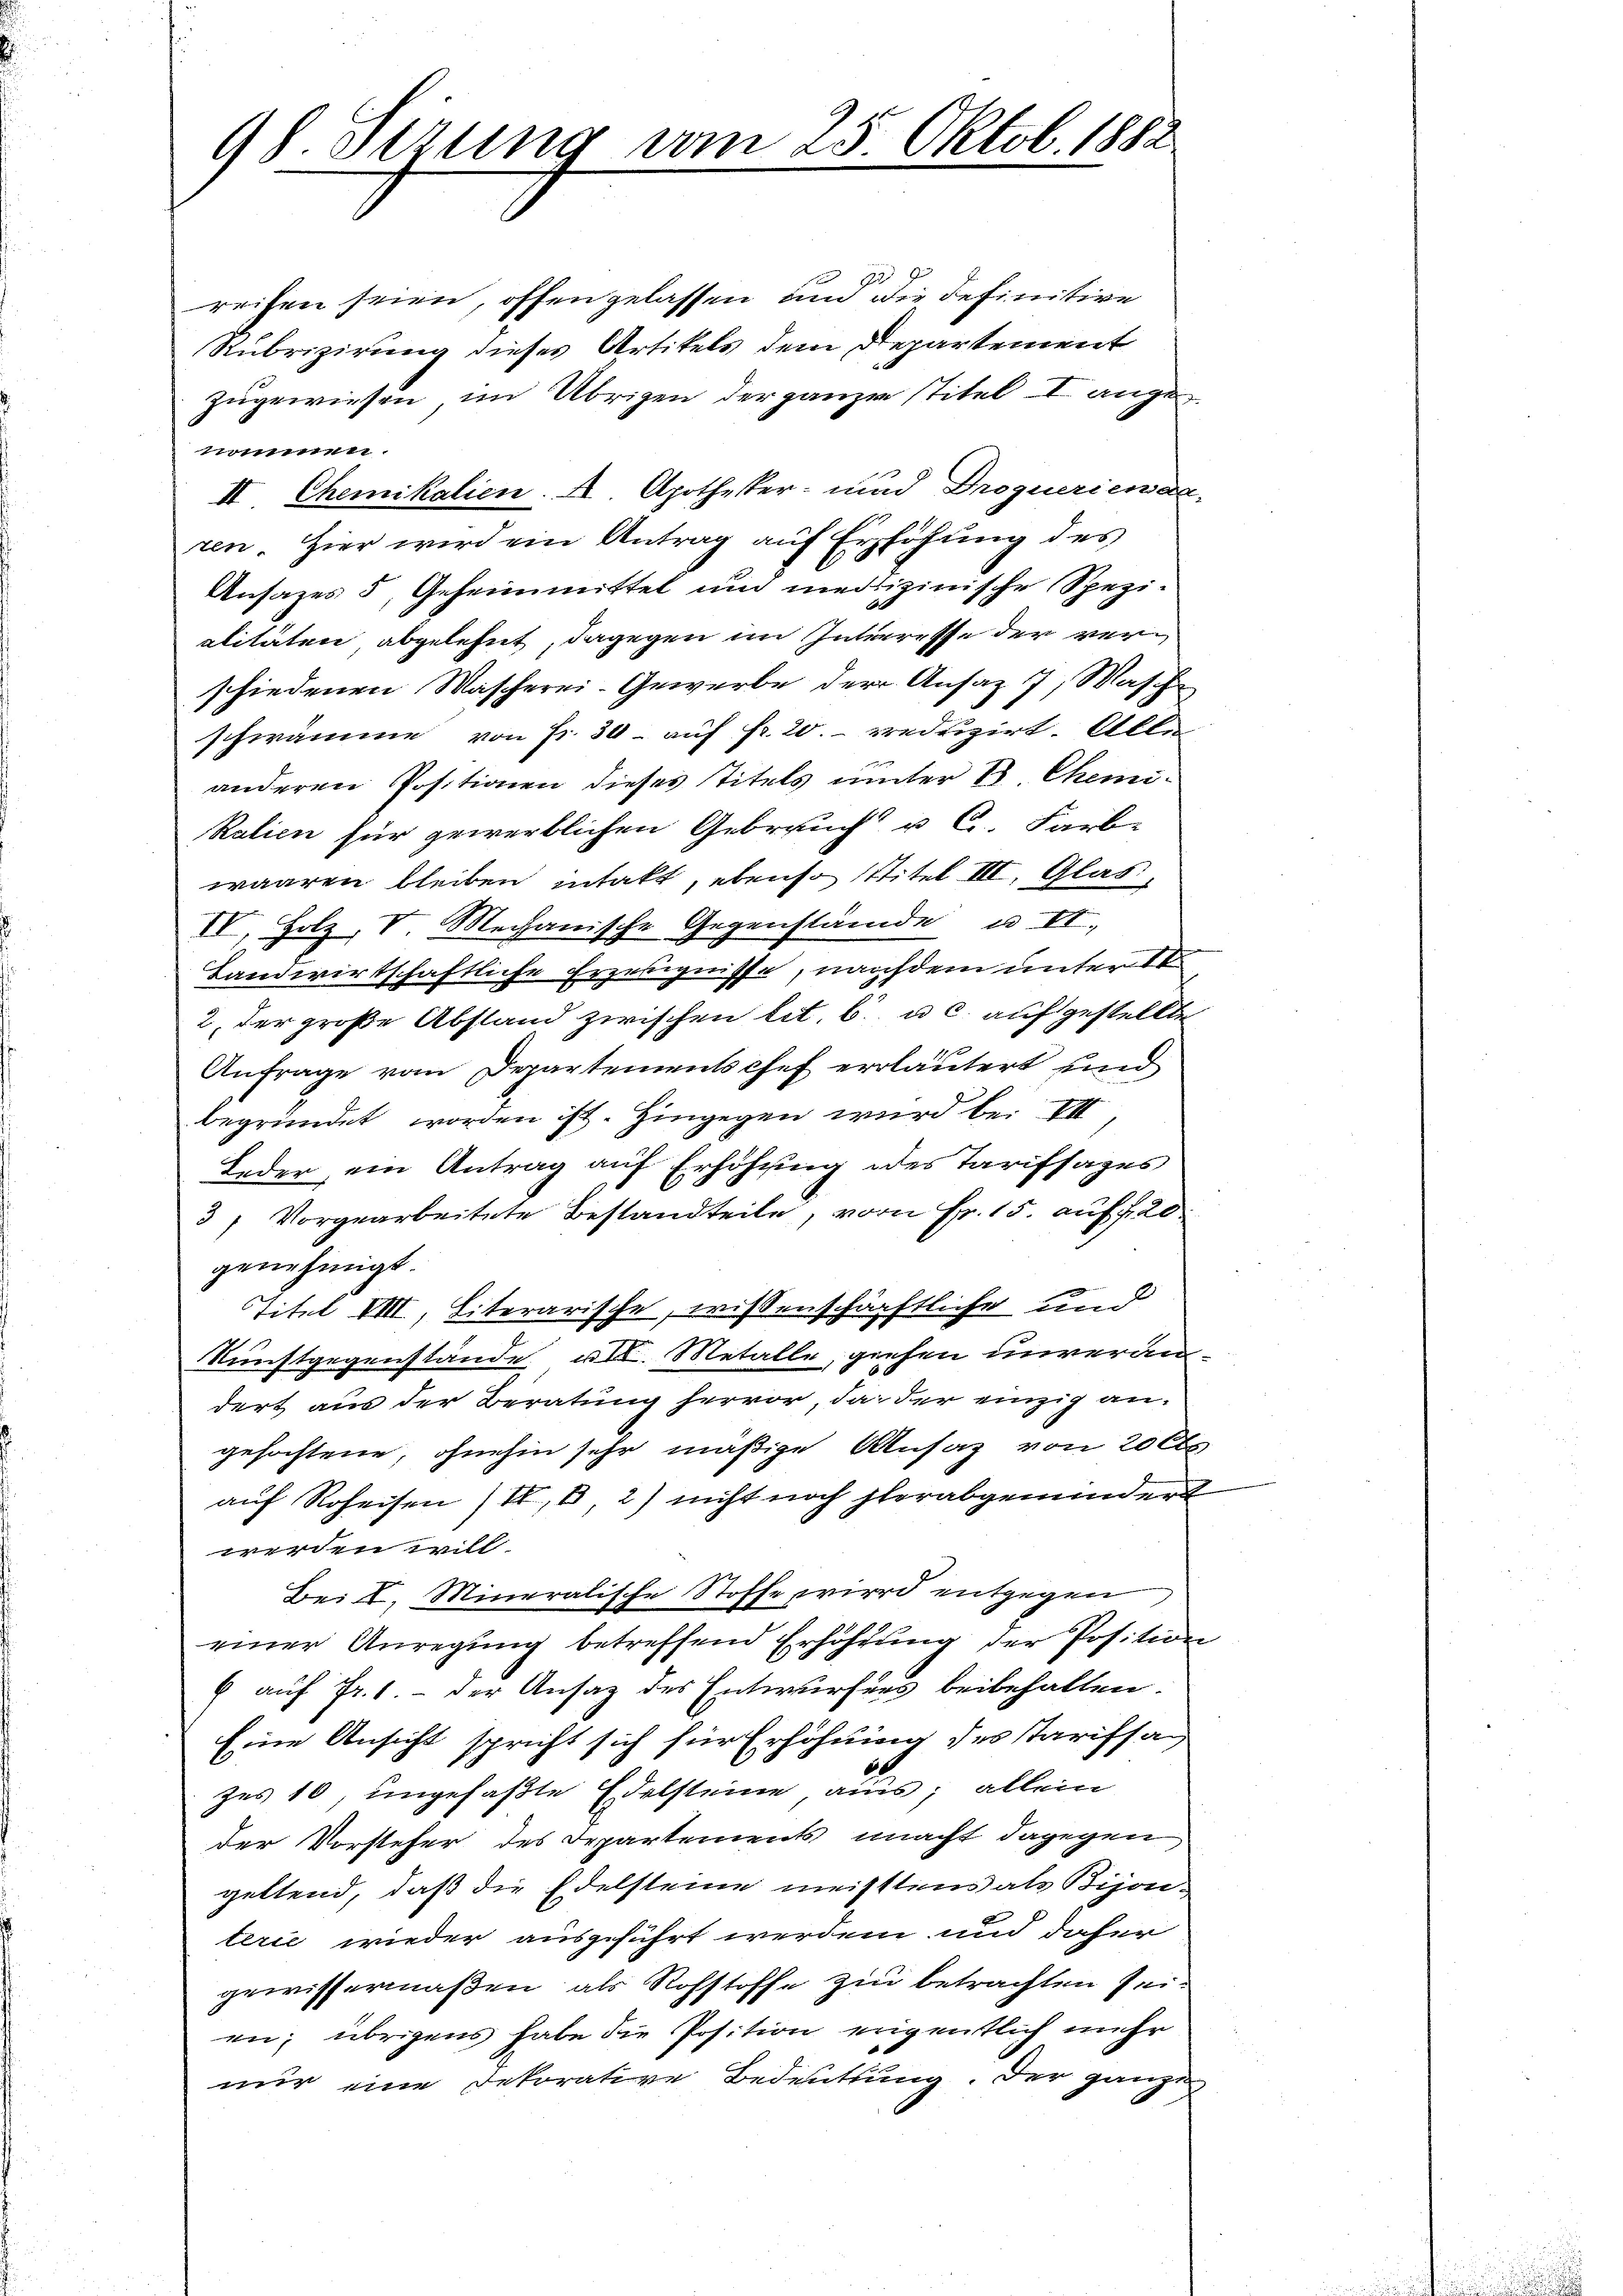
98 Sezung vom 25. Oktob. 1882.

de
reihen seien, offen gelassen, um die definitive
Rubrizirung dieses Artikels dem Departement
zugewiesen, im Übrigen der ganzen Titel I angezrinnen.
II Chemikalien. A. Apotheker- und Drogueriewac
ren. Hier wird ein Antrag auf Erhöhung des
Ansazes 5, Geheimmittel und medizinische Spezialitäten abgelehnt, dagegen im Interresse der verschiedenen Mascherei-Gewerbe der Ansaz 7, Wasch
schwämme von Fr. 30- auf fr. 20. reduzirt. Alle
anderen Positionen dieses Titels unter 1. Chemi¬
Ralien für gewerblichen Gebrauch u C. Farb-
waaren bleiben intakt, ebenso stitel III. Glas,
IV. Holz, V. Mechanische Gegenstände u VI.,
Landwirtschaftliche Erzeugnisse, nachdem unter st
2. der große Abstand zwischen tit. 6. u. c. aufgestellte
Anfrage vom Departementschef erläutert und
begründet worden ist. Hingegen wird bei II
Leder ein Antrag auf Erhöhung des Tarifsazes
3) Vorgearbeitete Bestandteile, vom Fr. 15. auf f 20
genehmigt.
Titel VIII, Literarische, wissenschärftliche und
Kunstgegenstände, u. Metalle, giesen unverändert aus der Beratung hervor, da der einzig angefochtene, ohnehin sehr mäßige Ansaz von 200
auf Roheisen (I, 8, 2) nicht noch herabgemindert
werden will.
Bei I. Mineralische Stoffe wird entgegen
einer Anregung betreffend Erhöhung der Position
6 auf fr. 1. - der Ansatz des Entwurfes beibehalten.
Eine Ansicht spricht sich für Erhöhung des Tarifsag
2
zes 10, ungefaßte Edelsteine aus; allein
der Vorsteher des Departements macht dagegen
geltend, daß die Edelsteine meistens als Bijon-
terie wieder ausgeführt werden und daher
gewissermaßen, als Rohstoffe zu betrachten seien; übrigens habe die Position eigentlich mehr
nur eine Dekorative Bedeutung. Der ganze